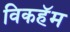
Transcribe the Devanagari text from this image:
विकहॅम